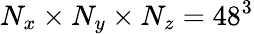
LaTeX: N_{x}\times N_{y}\times N_{z}=48^{3}